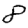
Digit: 8